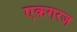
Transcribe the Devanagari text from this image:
एकगरज